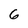
Character: 6